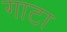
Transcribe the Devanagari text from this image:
गाटा